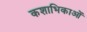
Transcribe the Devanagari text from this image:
कशाभिकाओं